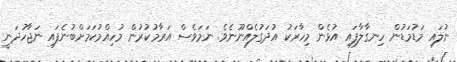
ނުލައި މަޑުމަޑުން ހިނގާލާފައި އުޅެން މިހާރަކު އުދަގުލެއްނޫނެވެ. ނަމަވެސް އަރާމުކުރުން މުހިއްމުކަމަށްބުނެފައި ނަޖާހުދަނީ